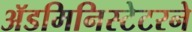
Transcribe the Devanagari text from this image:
ॲडमिनिस्टेटरने